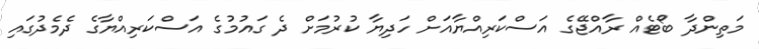
މަތިންދާ ބޯޓެއް ރާއްޖޭގެ އަސްކަރިއްޔާއަށް ހަދިޔާ ކުރުމަށް ދެ ގައުމުގެ އަސްކަރިއްޔާގެ ދެމެދުގައި